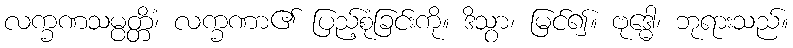
လက္ခဏသမ္ပတ္တိံ၊ လက္ခဏာ၏ ပြည့်စုံခြင်းကို။ ဒိသွာ၊ မြင်၍။ ဗုဒ္ဓေါ၊ ဘုရားသည်။